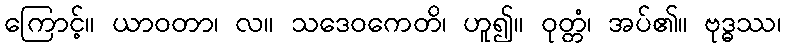
ကြောင့်။ ယာဝတာ၊ လ။ သဒေဝကေတိ၊ ဟူ၍။ ဝုတ္တံ၊ အပ်၏။ ဗုဒ္ဓဿ၊